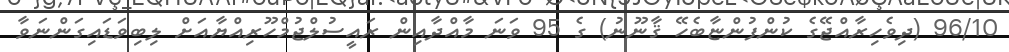
96/10 (ދިވެހިރާއްޖޭގެ ކުންފުންޏާބެހޭ ޤާނޫނު) ގެ 95 ވަނަ މާއްދާއިން ރައީސުލްޖުމްހޫރިއްޔާއަށް ލިބިވަޑައިގަންނަވާ